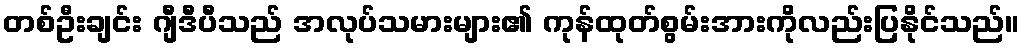
တစ်ဦးချင်း ဂျီဒီပီသည် အလုပ်သမားများ၏ ကုန်ထုတ်စွမ်းအားကိုလည်းပြနိုင်သည်။